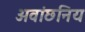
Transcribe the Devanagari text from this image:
अवांछनिय